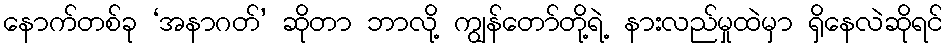
နောက်တစ်ခု ‘အနာဂတ်’ ဆိုတာ ဘာလို့ ကျွန်တော်တို့ရဲ့ နားလည်မှုထဲမှာ ရှိနေလဲဆိုရင်